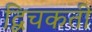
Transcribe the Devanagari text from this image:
द्विचकती